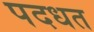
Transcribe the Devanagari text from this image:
पदधत